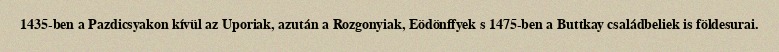
1435-ben a Pazdicsyakon kívül az Uporiak, azután a Rozgonyiak, Eödönffyek s 1475-ben a Buttkay családbeliek is földesurai.